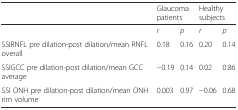
|  | <COLSPAN=2> Glaucoma patients | <COLSPAN=2> Healthy subjects |
 | --- | --- | --- | --- | --- |
 |  | r | p | r | p |
 | SSIRNFL pre dilation-post dilation/mean RNFL overall | 0.18 | 0.16 | 0.20 | 0.14 |
 | SSIGCC pre dilation-post dilation/mean GCC average | −0.19 | 0.14 | 0.02 | 0.86 |
 | SSI ONH pre dilation-post dilation/mean ONH rim volume | 0.003 | 0.97 | −0.06 | 0.68 |